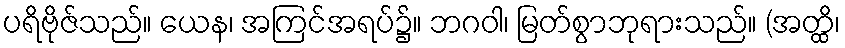
ပရိဗိုဇ်သည်။ ယေန၊ အကြင်အရပ်၌။ ဘဂဝါ၊ မြတ်စွာဘုရားသည်။ (အတ္ထိ၊